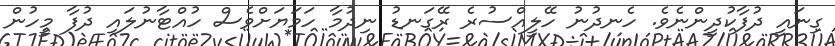
ގިނައީ ދުފާކުދީންނެވެ. ހެނދުނު ހޭލީއްސުރެ ރޭގަނޑު ނިދުމާ ހަމަޔަށްވެސް ހުއްޓާނުލައި ދުފާ މީހުން